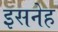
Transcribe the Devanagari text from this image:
इसनेह